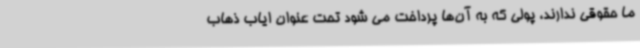
ما حقوقی ندارند، پولی که به آن‌ها پرداخت می شود تحت عنوان ایاب ذهاب